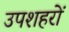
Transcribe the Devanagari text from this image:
उपशहरों